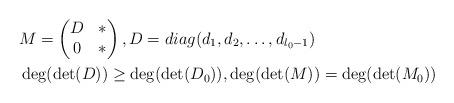
LaTeX: \begin{align*}&M=\begin{pmatrix}D & * \\0&*\end{pmatrix}, D=diag(d_1,d_2,\ldots,d_{l_0-1}) \\ &\deg(\det(D))\geq \deg(\det(D_0)),\deg(\det(M))=\deg(\det(M_0))\end{align*}